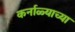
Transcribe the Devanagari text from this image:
कर्नाळ्याच्या